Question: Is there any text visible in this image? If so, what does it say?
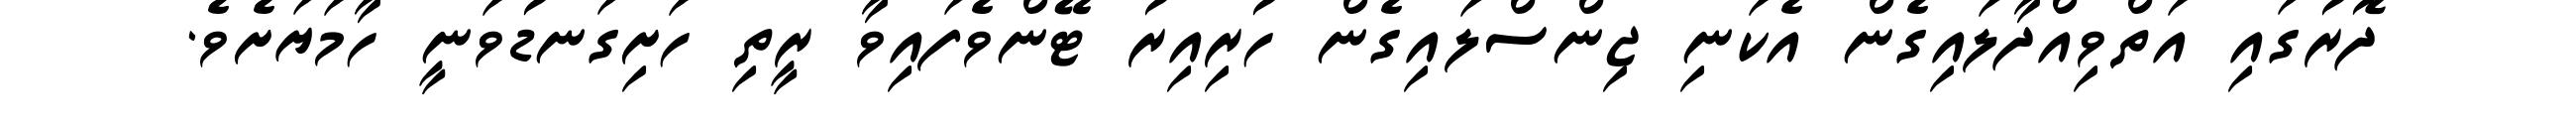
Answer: ދޮރުގައި އަތްވިއްދާލައިގެން އެކަނި ޖިންސްލައިގެން ހުރިއިރު ޓޭންވެފައިވާ ރީތި ހަށިގަނޑުވަނީ ހާމަޔަށެވެ.